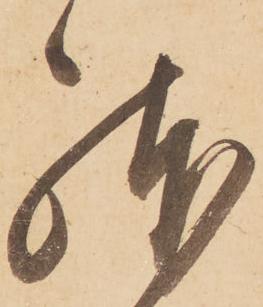
躰